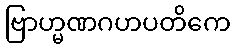
ဗြာဟ္မဏဂဟပတိကေ